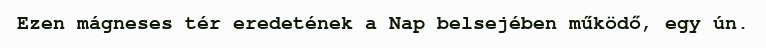
Ezen mágneses tér eredetének a Nap belsejében működő, egy ún.